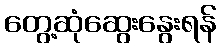
တွေ့ဆုံဆွေးနွေးရန်